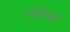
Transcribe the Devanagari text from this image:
उल्टियाँ